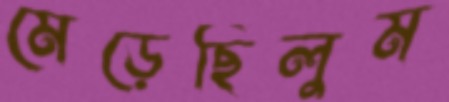
মেড়েছিলুম